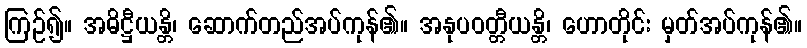
ကြဉ်၍။ အဓိဋ္ဌီယန္တိ၊ ဆောက်တည်အပ်ကုန်၏။ အနုပဝတ္တီယန္တိ၊ ဟောတိုင်း မှတ်အပ်ကုန်၏။